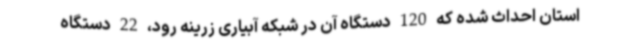
استان احداث شده که 120 دستگاه آن در شبکه آبیاری زرینه رود، 22 دستگاه